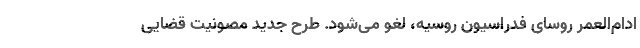
ادام‌العمر روسای فدراسیون روسیه، لغو می‌شود. طرح جدید مصونیت قضایی